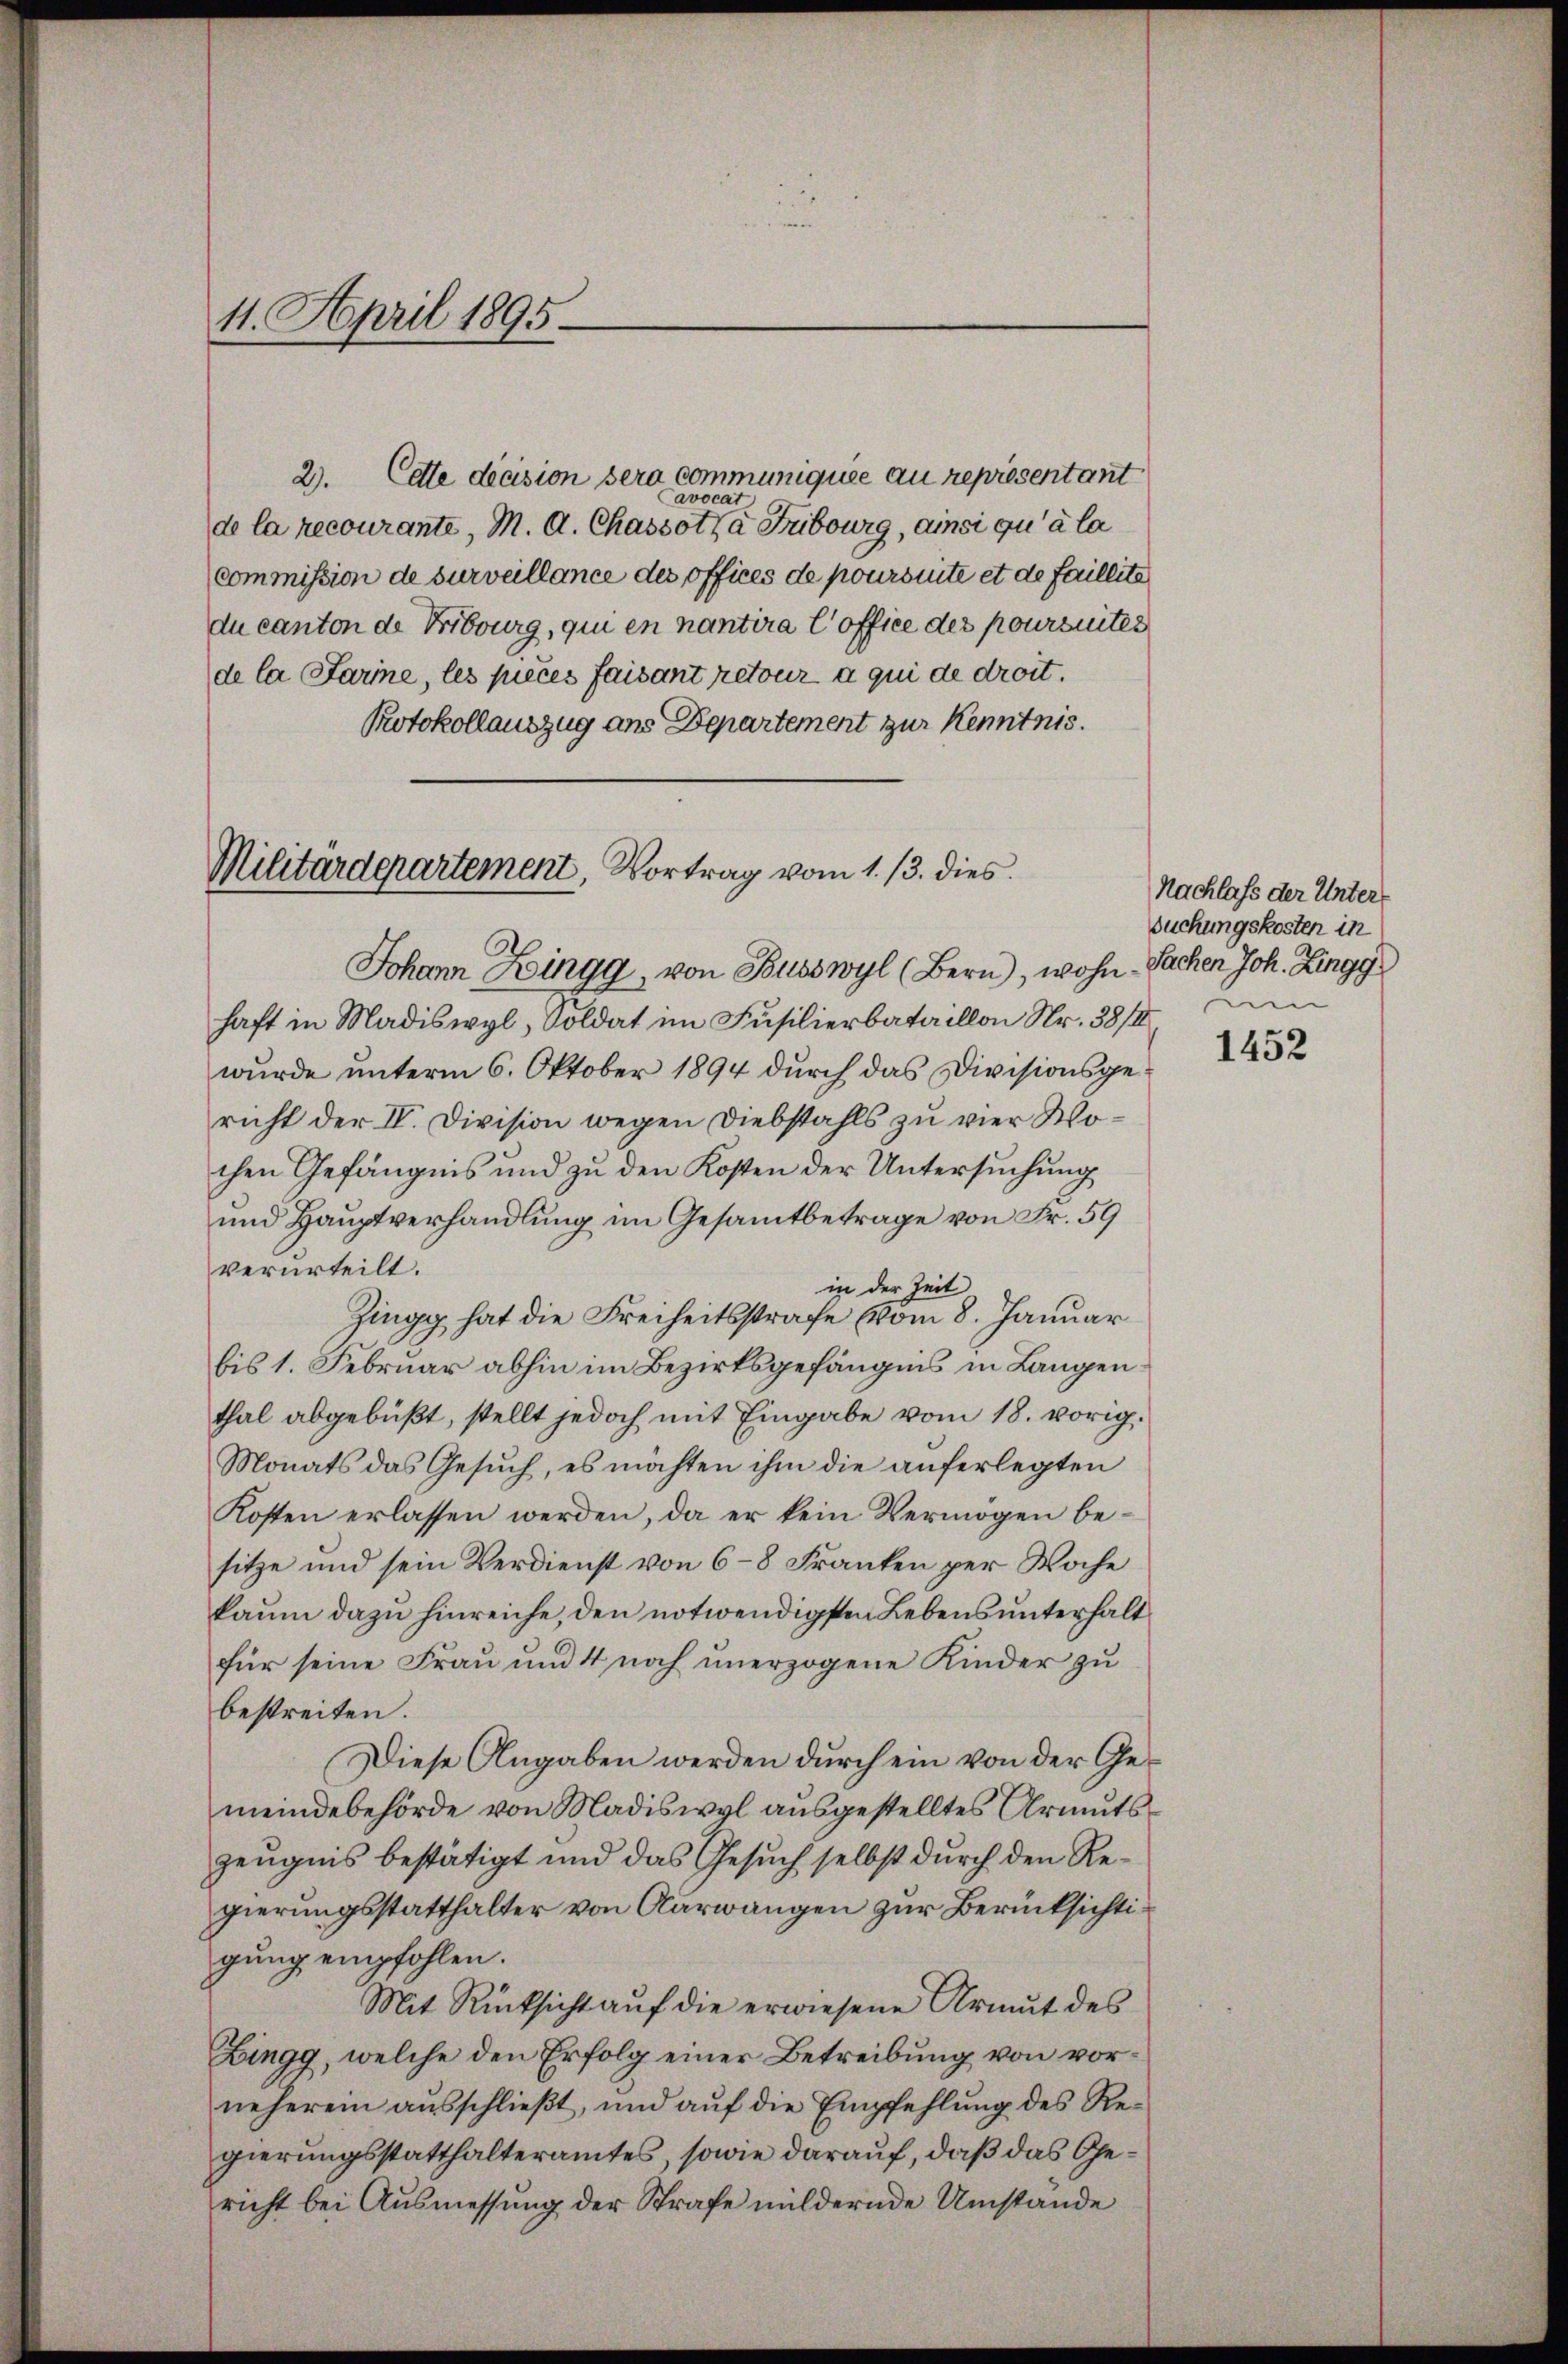
4. April 1895.

2. Cette décision sera communiquée au représentant
Cavocat
de la recourante, M. A. Chassotha Fubourg, ainsi qu’à la
commission de surveillance des offices de poursinte et de faillite
du canton de Fribourg, qui en nantira l’office des poursuites
de la Parine, les pieces faisant retour a qui de droit.
Protokollauszug aus Departement zur Kenntnis.

Militärdepartement, Vortrag vom 1. 13. dies

Johann Zingg, von Busswyl (Bern), wohn-
haft in Madiswyl, Soldat im Füsilierbataillon Nr. 38/I,
wurde unterm 6. Oktober 1894 durch das Divisionsgericht der IV. Division wegen Diebstahls zu vier Wochen Gefängnis und zu den Kosten der Untersuchung
und Hauptverhandlung im Gesamtbetrage von Fr. 59
verurteilt.
in der Zeit
Zingg hat die Freiheitsstrafe vom 8. Januar
bis 1. Februar abhin im Bezirksgefängnis in Langen
thal abgebüßt, stellt jedoch mit Eingabe vom 18. vorig.
Monats das Gesŭch, es möchten ihm die auferlegten
Kosten erlassen werden, da er kein Vermögen besitze und sein Verdienst von 6–8 Franken per Woche
kaum dazu hinreiche, den notwendigsten Lebensunterhalt
für seine Frau und 4 noch unerzogene Kinder zu
bestreiten.
Diese Angaben werden durch ein von der Gemeindebehörde von Madiswyl ausgestelltes Armuts¬
Zeugnis bestätigt und das Gesuch selbst durch den Regierungsstatthalter von Aarwangen zur Berücksichtigung empfohlen.
Mit Rücksicht auf die erwiesene Armut des
Zingg, welche den Erfolg einer Betreibung von vorneherem ausschließt, und auf die Empfehlung des Regierungsstatthalteramtes, sowie darauf, daß das Gericht bei Ausmessung der Strafe mildernde Umstände

Nachlass der Unter¬
Suchungskosten in
Sachen Joh. Zingg
um

1452